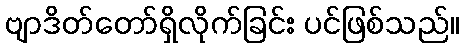
ဗျာဒိတ်တော်ရှိလိုက်ခြင်း ပင်ဖြစ်သည်။